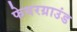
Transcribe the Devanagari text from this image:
फेयरग्राउंड